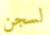
لسجن